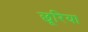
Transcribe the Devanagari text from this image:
छूरिया